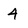
Character: 4